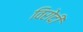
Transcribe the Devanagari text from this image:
विरोदी